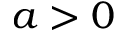
a > 0